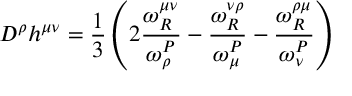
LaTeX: D ^ { \rho } h ^ { \mu \nu } = \frac { 1 } { 3 } \left( 2 \frac { \omega _ { R } ^ { \mu \nu } } { \omega _ { \rho } ^ { P } } - \frac { \omega _ { R } ^ { \nu \rho } } { \omega _ { \mu } ^ { P } } - \frac { \omega _ { R } ^ { \rho \mu } } { \omega _ { \nu } ^ { P } } \right)